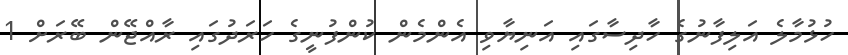
ހުޅުމާލެ އަލިފާނުގެ ހާދިސާގައި އަނިޔާވި އެންމެން ކުންފުނީގެ ހަރަދުގައި ރާއްޖޭން ބޭރަށް 1